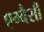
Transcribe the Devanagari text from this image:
एम्बैसी